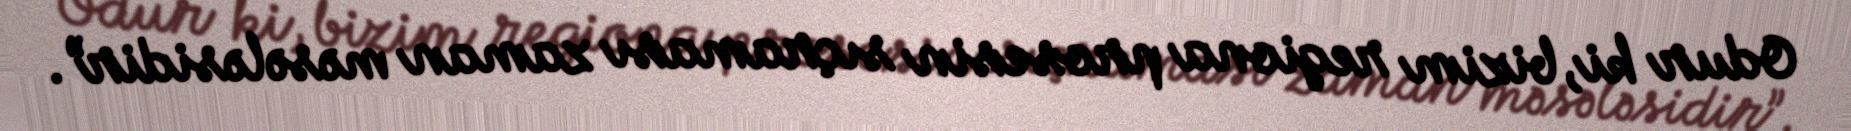
Odur ki, bizim regiona prosesin sıçraması zaman məsələsidir”.